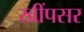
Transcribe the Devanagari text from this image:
खींपसर